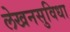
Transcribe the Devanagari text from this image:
लेखनसुविधा